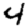
Digit: 4